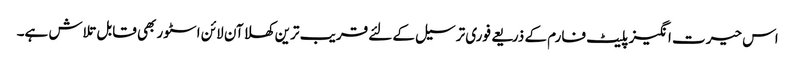
اس حیرت انگیز پلیٹ فارم کے ذریعے فوری ترسیل کے لئے قریب ترین کھلا آن لائن اسٹور بھی قابل تلاش ہے۔